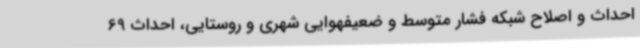
احداث و اصلاح شبکه فشار متوسط و ضعیفهوایی شهری و روستایی، احداث 69